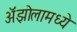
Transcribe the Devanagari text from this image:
ॲझोलामध्ये